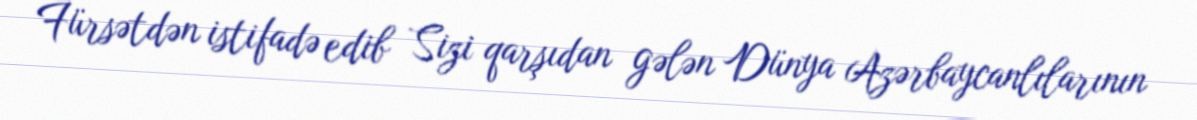
Fürsətdən istifadə edib Sizi qarşıdan gələn Dünya Azərbaycanlılarının